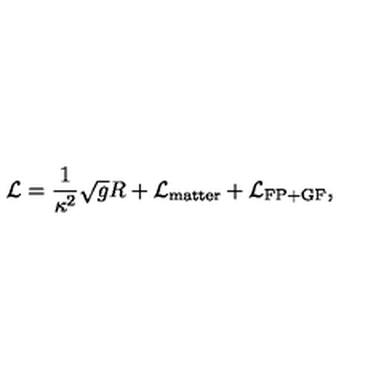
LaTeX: { \cal L } = \frac { 1 } { \kappa ^ { 2 } } \sqrt { g } R + { \cal L } _ { \mathrm { { m a t t e r } } } + { \cal L } _ { \mathrm { F P + G F } } ,